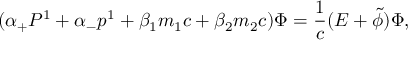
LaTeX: ( { \alpha } _ { + } P ^ { 1 } + { \alpha } _ { - } p ^ { 1 } + { \beta } _ { 1 } m _ { 1 } c + { \beta } _ { 2 } m _ { 2 } c ) { \Phi } = \frac { 1 } { c } ( E + \tilde { \phi } ) { \Phi } ,